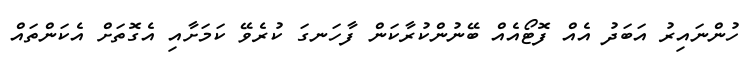
ހުންނައިރު އަބަދު އެއް ފޮޓޯއެއް ބޭނުންކުރާކަން ފާހަނގަ ކުރެވޭ ކަމަށާއި އެގޮތަށް އެކަންތައް